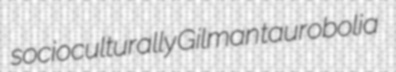
socioculturally Gilman taurobolia